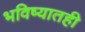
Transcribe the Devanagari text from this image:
भविष्यातही